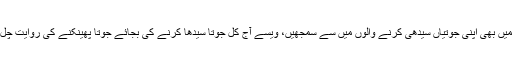
راشد صاحب قبلہ، آپ نے جس طرح قلم پایا ہے جناب تو بس ہمیں بھی اپنی جوتیاں سیدھی کرنے والوں میں سے سمجھیں، ویسے آج کل جوتا سیدھا کرنے کی بجائے جوتا پھینکنے کی روایت چل نکلی ہے، دیکھیئے یہ بات مشاعروں تک کب پہنچیتی ہے :)۔